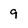
Character: 9